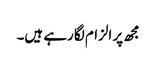
مجھ پر الزام لگا رہے ہیں۔